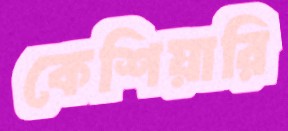
কেশিয়ারি